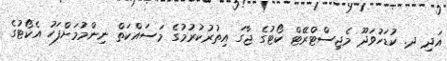
އަދި ދ. ކުޑަހުވަދޫ މެޖިސްޓްރޭޓް ކޯޓުގެ ޖާގަ އިތުރުކުރުމުގެ މަސައްކަތް ނިންމުމަށްފަހު އެކޯޓުގެ